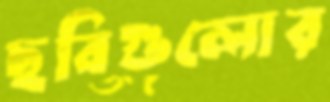
ছবিগুলোর